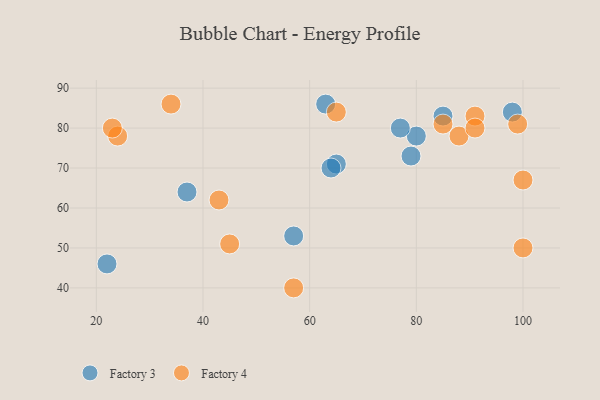
{"axis": {"x": "GDP", "y": "Life Expectancy"}, "legend": ["Factory 3", "Factory 4"], "data": [{"x": "80", "y": 78, "type": "Factory 3"}, {"x": "37", "y": 64, "type": "Factory 3"}, {"x": "65", "y": 71, "type": "Factory 3"}, {"x": "79", "y": 73, "type": "Factory 3"}, {"x": "63", "y": 86, "type": "Factory 3"}, {"x": "57", "y": 53, "type": "Factory 3"}, {"x": "77", "y": 80, "type": "Factory 3"}, {"x": "64", "y": 70, "type": "Factory 3"}, {"x": "22", "y": 46, "type": "Factory 3"}, {"x": "85", "y": 83, "type": "Factory 3"}, {"x": "98", "y": 84, "type": "Factory 3"}, {"x": "57", "y": 40, "type": "Factory 4"}, {"x": "24", "y": 78, "type": "Factory 4"}, {"x": "45", "y": 51, "type": "Factory 4"}, {"x": "23", "y": 80, "type": "Factory 4"}, {"x": "88", "y": 78, "type": "Factory 4"}, {"x": "100", "y": 50, "type": "Factory 4"}, {"x": "65", "y": 84, "type": "Factory 4"}, {"x": "43", "y": 62, "type": "Factory 4"}, {"x": "34", "y": 86, "type": "Factory 4"}, {"x": "100", "y": 67, "type": "Factory 4"}, {"x": "99", "y": 81, "type": "Factory 4"}, {"x": "91", "y": 83, "type": "Factory 4"}, {"x": "91", "y": 80, "type": "Factory 4"}, {"x": "85", "y": 81, "type": "Factory 4"}]}